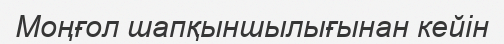
Моңғол шапқыншылығынан кейін